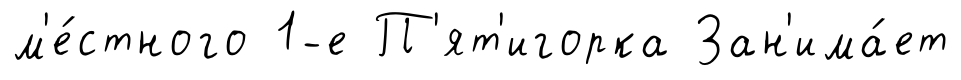
м'е́стного 1-е П'ят'игорка Зан'има́ет